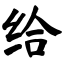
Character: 给